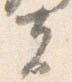
夫